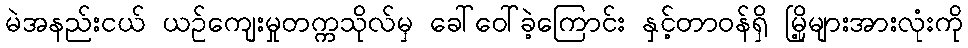
မဲအနည်းငယ် ယဉ်ကျေးမှုတက္ကသိုလ်မှ ခေါ်ဝေါ်ခဲ့ကြောင်း နှင့်တာဝန်ရှိ မြို့များအားလုံးကို